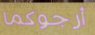
أرجوكما